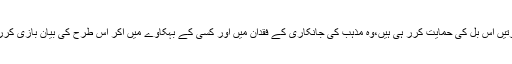
جو عورتیں اس بل کی حمایت کرر ہی ہیں،وہ مذہب کی جانکاری کے فقدان میں اور کسی کے بہکاوے میں آکر اس طرح کی بیان بازی کررہی ہیں۔